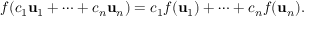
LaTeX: f ( c _ { 1 } \mathbf { u } _ { 1 } + \cdots + c _ { n } \mathbf { u } _ { n } ) = c _ { 1 } f ( \mathbf { u } _ { 1 } ) + \cdots + c _ { n } f ( \mathbf { u } _ { n } ) .